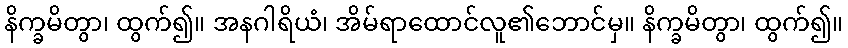
နိက္ခမိတွာ၊ ထွက်၍။ အနဂါရိယံ၊ အိမ်ရာထောင်လူ၏ဘောင်မှ။ နိက္ခမိတွာ၊ ထွက်၍။